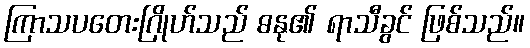
ကြာသပတေးဂြိုဟ်သည် ဓနု၏ ရာသီခွင် ဖြစ်သည်။